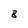
Character: 8